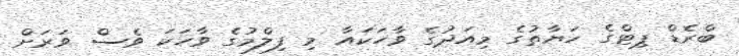
ބްރެޑް ޕިޓްގެ ހަޔާތުގެ މިއަދުގެ ވާހަކައާ މި ފިލްމުގެ ވާހަކަ ވެސް ވަރަށް